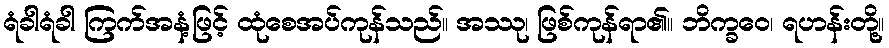
ရံခါရံခါ ကြက်အနံ့ဖြင့် ထုံစေအပ်ကုန်သည်။ အဿု၊ ဖြစ်ကုန်ရာ၏။ ဘိက္ခဝေ၊ ရဟန်းတို့။